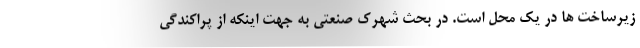
زیرساخت ها در یک محل است. در بحث شهرک صنعتی به جهت اینکه از پراکندگی